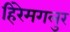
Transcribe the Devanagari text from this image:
हिरेमगलुर